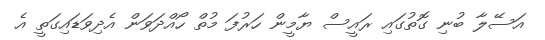
އަސޭލާ ބުނި ގޮތުގައި ރައީސް ޔާމީން ހަރުފަ މުތް ހޯއްދަވަން އެދިވަޑައިގަތީ އެ